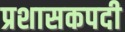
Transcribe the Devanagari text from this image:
प्रशासकपदी